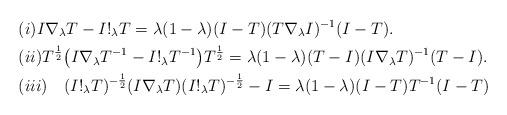
LaTeX: \begin{align*}&(i)I\nabla_\lambda T-I!_\lambda T=\lambda(1-\lambda)(I-T)(T\nabla_\lambda I)^{-1}(I-T).\\&(ii)T^{\frac{1}{2}}\big(I\nabla_\lambda T^{-1}-I!_\lambda T^{-1}\big)T^{\frac{1}{2}}=\lambda(1-\lambda)(T-I)(I\nabla_\lambda T)^{-1}(T-I).\\&(iii)\quad(I!_\lambda T)^{-\frac{1}{2}}(I\nabla_\lambda T)(I!_\lambda T)^{-\frac{1}{2}}-I=\lambda(1-\lambda)(I-T)T^{-1}(I-T)\end{align*}